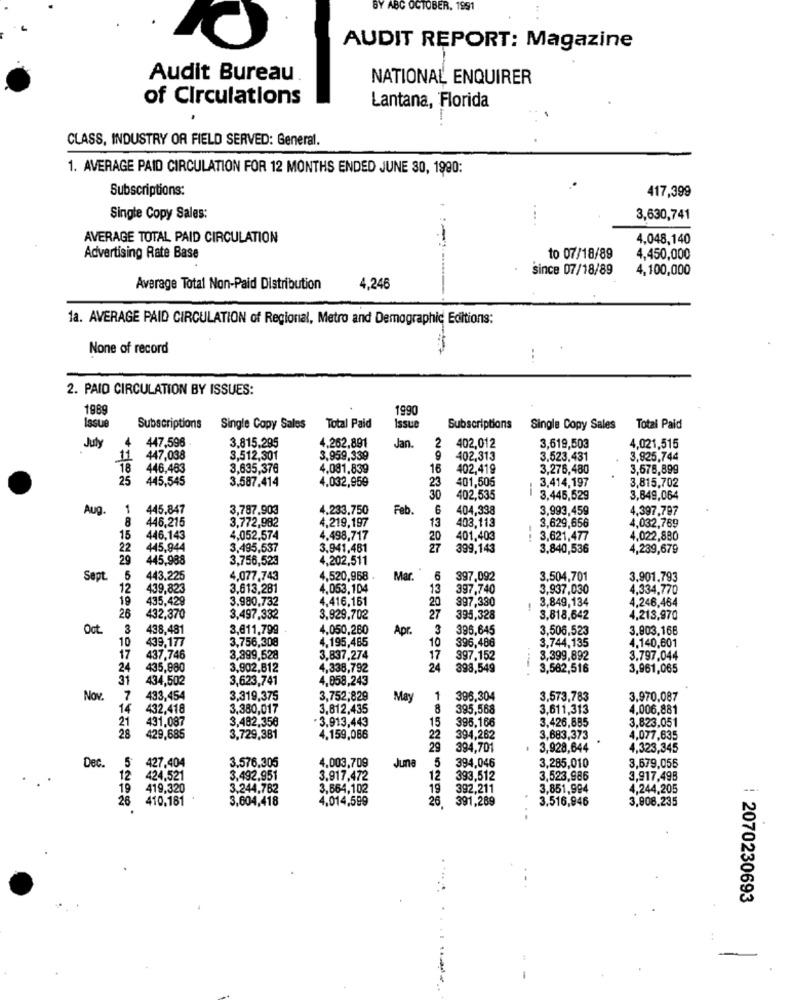
BY ABC OCTOBER, 1991
AUDIT REPORT: Magazine
Audit Bureau
NATIONAL ENQUIRER
of Circulations
Lantana, Florida
CLASS, INDUSTRY OR FIELD SERVED: General.
1. AVERAGE PAID CIRCULATION FOR 12 MONTHS ENDED JUNE 30, 1990:
Subscriptions:
417,399
Single Copy Sales:
....
3,630,741
AVERAGE TOTAL PAID CIRCULATION
4,048,140
Advertising Rate Base
....
to 07/18/89
4,450,000
since 07/18/89
4,100,000
Average Total Non-Paid Distribution
4,246
--
1a. AVERAGE PAID CIRCULATION of Regional, Metro and Demographic Editions:
None of record
-- 7
..
2. PAID CIRCULATION BY ISSUES:
1989
1990
Issue
Subscriptions
Single Copy Sales
Total Paid
Issue
Subscriptions
Single Copy Sales
Total Paid
4 447,596
3,815,295
4.262,891
July
Jan.
2 402,012
3,619,503
4,021,515
447,038
3,512,301
3,959,339
9
402,313
3.523.431
3.925,744
446,483
3.635,376
4.081,839
16
402,419
3,276,480
3,578,899
25
445,545
3.587.414
4.032,959
23
401,505
3,414,197
3,815,702
--
30
402,535
3,445,529
3,849,064
Aug.
1
445.847
3,787.903
4.233.750
Feb.
6
404,338
3,993,459
4.397.797
8
3,772,982
4,219,197
403,113
3,629,656
446,215
13
4,032,769
15
446,143
4,052,574
4.498,717
401,403
: 3,621,477
4,022,880
22
445,944
3,495,537
3.941,481
399,143
3,840,536
4,239,679
29
445,988
3,756,523
4,202,511
Sept.
443.225
4,077.743
4,520,958
Mar
6
397,092
3.504,701
3.901.793
12
439,823
3,613,281
4,053,104
13
397,740
3,937,030
4.334,770
19
435,429
3,980,732
4.416,161
397,330
3,849,134
4,246,464
20
!
26
432,370
3,497,332
3.929,702
27
395,328
3,818,642
4,213,970
Oct.
3
438,481
3,@11,799
4,050,280
Apr.
3
396,645
3,506,523
3.803,168
3,756,308
4,195,485
3,744,135
4,140,601
10
439,177
10
396,486
17
437,746
3,999,528
3,837,274
17
397.152
3,399,892
3,797,044
24
435,880
3,902,812
4,338,792
24
398,549
3,582,516
3,961,065
31
434,502
3,623,741
4,958,243
Nov.
7
433,454
3,319,375
3,752,829
May
1
396,304
3,573,783
3,970,087
14
432,418
3,380,017
3.612,435
8
395,568
3,611,313
4,006,881
21
3,482,350
· 3.913,443
395.166
3.426,885
3,823,051
431.087
15
28
429,685
3,729,381
4.159,066
22
394,262
3,683,373
4,077,635
29
394,701
3,928,644
4,323,345
427.404
3.576.305
4.009,709
Juna
3,285,010
Dec.
5 394,046
3,679,056
12
424,521
3,492.951
3.917,472
12
393,512
3,523,986
3,917,498
419,320
3.244,782
3,664,102
19
392,211
3,851,994
4,244,205
6 410,181 .
3,604,418
4,014,599
26
391,289
3.516,946
3,908,235
: 2070230693